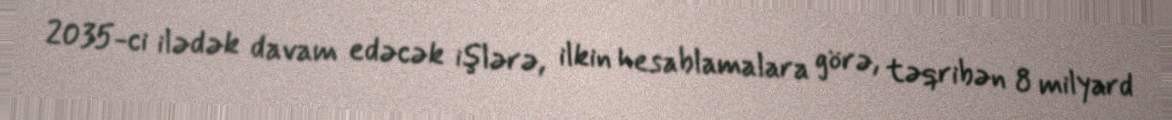
2035-ci ilədək davam edəcək işlərə, ilkin hesablamalara görə, təqribən 8 milyard